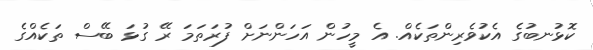
ކޮޅުނބުގެ އެކުވެރިންތަކެއް. އެ މީހުން އަހަންނަށް ފުރަތަމަ ރޭ ގުޅަ ބޭސް ތަކެއްގެ